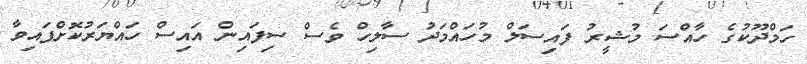
ހަމްދޫކުގެ ހާއްސަ މުޝީރު ފައިސަލް މުހައްމަދު ސާލިހް ވެސް ސިފައިން އައިސް ހައްޔަރުކޮށްފައިވާ